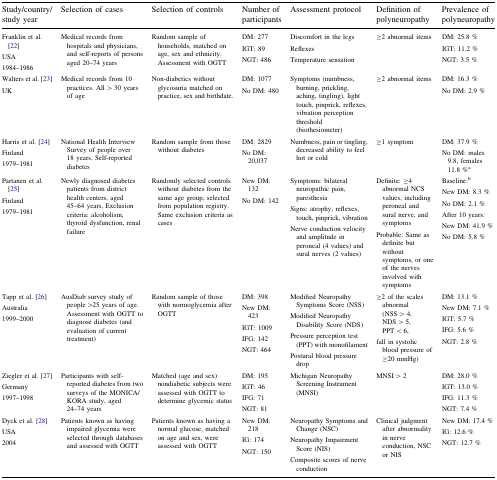
<table><thead><tr><td><b>Study/country/study year</b></td><td><b>Selection of cases</b></td><td><b>Selection of controls</b></td><td><b>Number of participants</b></td><td><b>Assessment protocol</b></td><td><b>Definition of polyneuropathy</b></td><td><b>Prevalence of polyneuropathy</b></td></tr></thead><tbody><tr><td>Franklin et al. [22]USA1984–1986</td><td>Medical records from hospitals and physicians, and self-reports of persons aged 20–74 years</td><td>Random sample of households, matched on age, sex and ethnicity. Assessment with OGTT</td><td>DM: 277IGT: 89NGT: 486</td><td>Discomfort in the legsReflexesTemperature sensation</td><td>≥2 abnormal items</td><td>DM: 25.8 %IGT: 11.2 %NGT: 3.5 %</td></tr><tr><td>Walters et al. [23]UK</td><td>Medical records from 10 practices. All &gt; 30 years of age</td><td>Non-diabetics without glycosuria matched on practice, sex and birthdate.</td><td>DM: 1077No DM: 480</td><td>Symptoms (numbness, burning, prickling, aching, tingling), light touch, pinprick, reflexes, vibration perception threshold (biothesiometer)</td><td>≥2 abnormal items</td><td>DM: 16.3 %No DM: 2.9 %</td></tr><tr><td>Harris et al. [24]Finland1979–1981</td><td>National Health Interview Survey of people over 18 years. Self-reported diabetes</td><td>Random sample from those without diabetes</td><td>DM: 2829No DM: 20,037</td><td>Numbness, pain or tingling, decreased ability to feel hot or cold</td><td>≥1 symptom</td><td>DM: 37.9 %No DM: males 9.8, females 11.8 %<sup>a</sup></td></tr><tr><td>Partanen et al. [25]Finland1979–1981</td><td>Newly diagnosed diabetes patients from district health centers, aged 45–64 years, Exclusion criteria: alcoholism, thyroid dysfunction, renal failure</td><td>Randomly selected controls without diabetes from the same age group, selected from population registry. Same exclusion criteria as cases</td><td>New DM: 132No DM: 142</td><td>Symptoms: bilateral neuropathic pain, paresthesiaSigns: atrophy, reflexes, touch, pinprick, vibrationNerve conduction velocity and amplitude in peroneal (4 values) and sural nerves (2 values)</td><td>Definite: ≥4 abnormal NCS values, including peroneal and sural nerve, and symptomsProbable: Same as definite but without symptoms, or one of the nerves involved with symptoms</td><td>Baseline:<sup>b</sup>New DM: 8.3 %No DM: 2.1 %After 10 years: New DM: 41.9 %No DM: 5.8 %</td></tr><tr><td>Tapp et al. [26]Australia1999–2000</td><td>AusDiab survey study of people &gt;25 years of age. Assessment with OGTT to diagnose diabetes (and evaluation of current treatment)</td><td>Random sample of those with normoglycemia after OGTT</td><td>DM: 398New DM: 423IGT: 1009IFG: 142NGT: 464</td><td>Modified Neuropathy Symptoms Score (NSS)Modified Neuropathy Disability Score (NDS)Pressure perception test (PPT) with monofilamentPostural blood pressure drop</td><td>≥2 of the scales abnormal (NSS &gt; 4, NDS &gt; 5, PPT &lt; 6,fall in systolic blood pressure of ≥20 mmHg)</td><td>DM: 13.1 %New DM: 7.1 %IGT: 5.7 %IFG: 5.6 %NGT: 2.8 %</td></tr><tr><td>Ziegler et al. [27]Germany1997–1998</td><td>Participants with self-reported diabetes from two surveys of the MONICA/KORA study, aged 24–74 years</td><td>Matched (age and sex) nondiabetic subjects were assessed with OGTT to determine glycemic status</td><td>DM: 195IGT: 46IFG: 71NGT: 81</td><td>Michigan Neuropathy Screening Instrument (MNSI)</td><td>MNSI &gt; 2</td><td>DM: 28.0 %IGT: 13.0 %IFG: 11.3 %NGT: 7.4 %</td></tr><tr><td>Dyck et al. [28]USA2004</td><td>Patients known as having impaired glycemia were selected through databases and assessed with OGTT</td><td>Patients known as having a normal glucose, matched on age and sex, were assessed with OGTT</td><td>New DM: 218IG: 174NGT: 150</td><td>Neuropathy Symptoms and Change (NSC)Neuropathy Impairment Score (NIS)Composite scores of nerve conduction</td><td>Clinical judgment after abnormality in nerve conduction, NSC or NIS</td><td>New DM: 17.4 %IG: 12.6 %NGT: 12.7 %</td></tr></tbody></table>